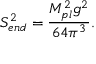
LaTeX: S _ { e n d } ^ { 2 } = { \frac { M _ { p l } ^ { 2 } g ^ { 2 } } { 6 4 \pi ^ { 3 } } } .